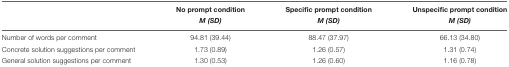
<table><thead><tr><td></td><td><b>No prompt condition</b></td><td><b>Specific prompt condition</b></td><td><b>Unspecific prompt condition</b></td></tr><tr><td></td><td><b><i>M (SD)</i></b></td><td><b><i>M (SD)</i></b></td><td><b><i>M (SD)</i></b></td></tr></thead><tbody><tr><td>Number of words per comment</td><td>94.81 (39.44)</td><td>88.47 (37.97)</td><td>66.13 (34.80)</td></tr><tr><td>Concrete solution suggestions per comment</td><td>1.73 (0.89)</td><td>1.26 (0.57)</td><td>1.31 (0.74)</td></tr><tr><td>General solution suggestions per comment</td><td>1.30 (0.53)</td><td>1.26 (0.60)</td><td>1.16 (0.78)</td></tr></tbody></table>